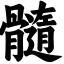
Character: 髓